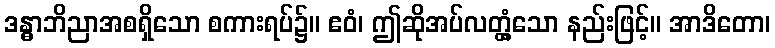
ဒန္ဓာဘိညာအစရှိသော စကားရပ်၌။ ဧဝံ၊ ဤဆိုအပ်လတ္တံ့သော နည်းဖြင့်။ အာဒိတော၊